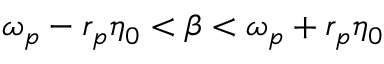
\omega _ { p } - r _ { p } \eta _ { 0 } < \beta < \omega _ { p } + r _ { p } \eta _ { 0 }